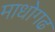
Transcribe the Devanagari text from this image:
माधोगढ